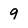
Character: 9